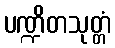
ပဏ္ဍိတသုတ္တံ